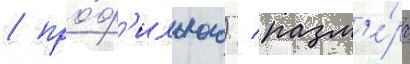
/ про́ф'ильного) / разм'е́ра